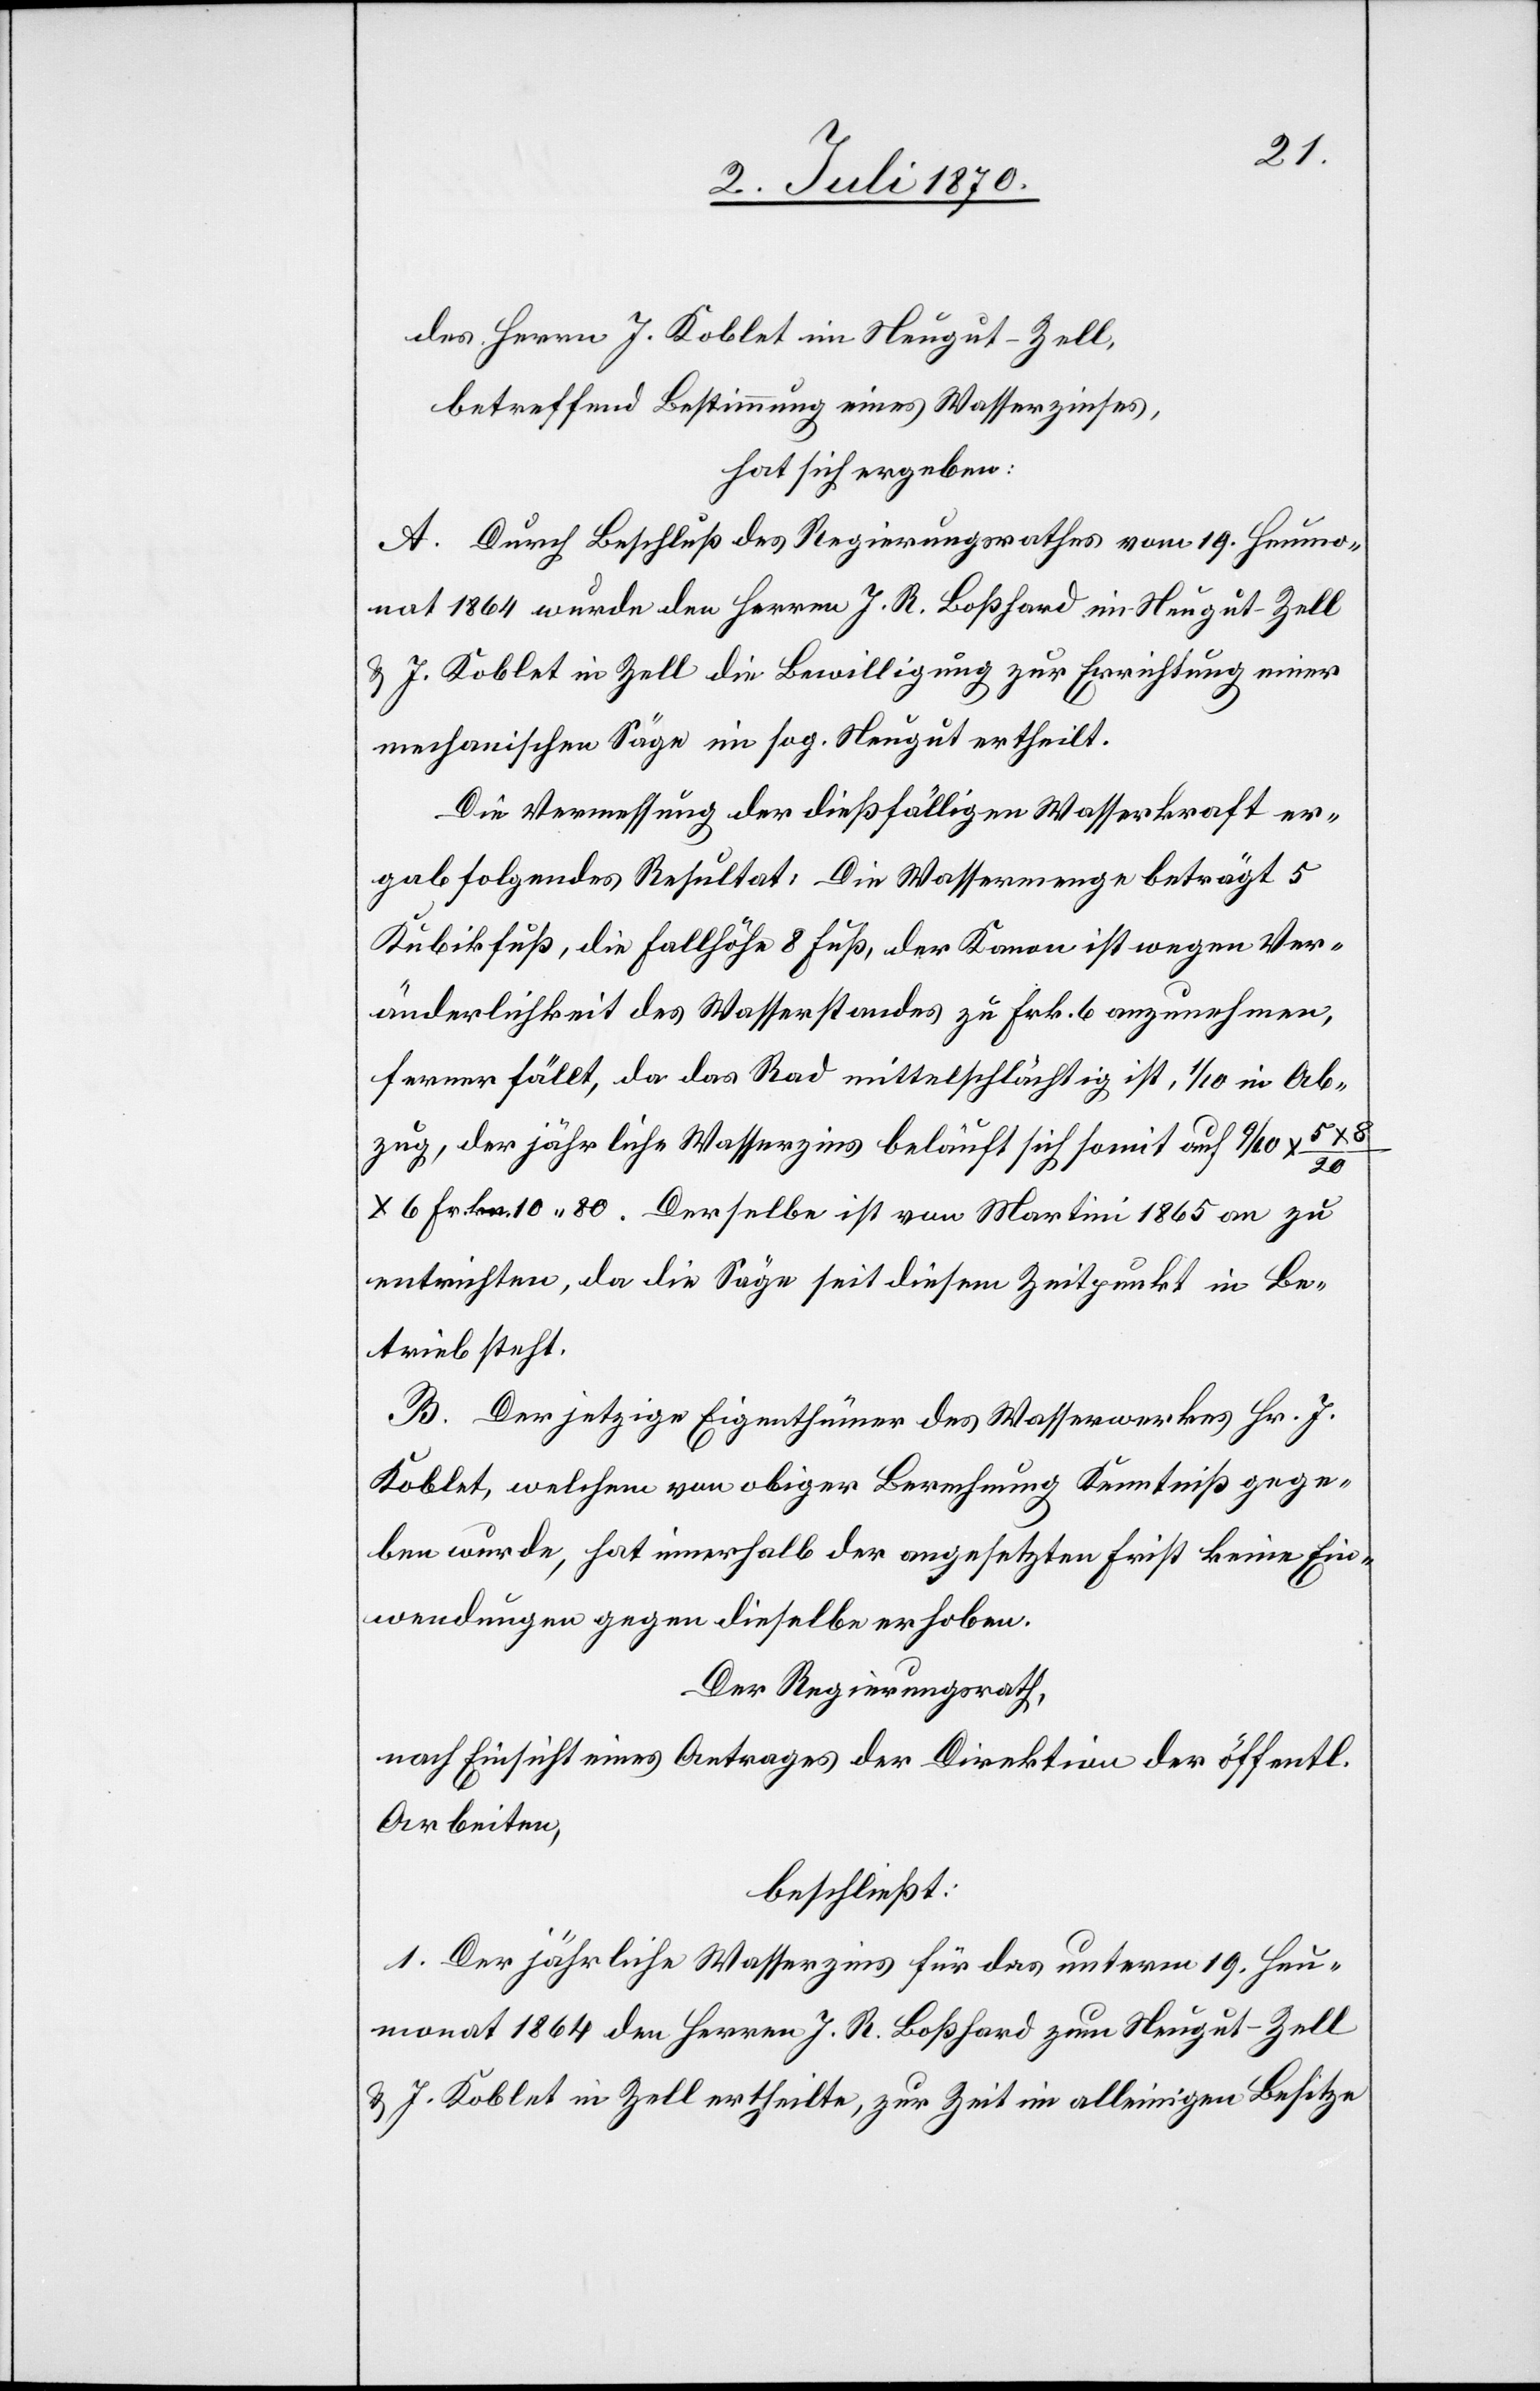
des Herrn J. Koblet im Neugut - Zell,
betreffend Bestimmung eines Wasserzinses,
hat sich ergeben:
A. Durch Beschluß des Regierungsrathes vom 19. Heumo¬
nat 1864 wurde den Herren J. R. Boßhard im Neugut - Zell
& J. Koblet in Zell die Bewilligung zur Errichtung einer
mechanischen Säge im sog. Neugut ertheilt.
Die Vermessung der dießfälligen Wasserkraft er¬
gab folgendes Resultat: Die Wassermenge beträgt 5
Kubikfuß, die Fallhöhe 8 Fuß, der Kanon ist wegen Ver¬
änderlichkeit des Wasserstandes zu Frk. 6 anzunehmen,
ferner fällt, da das Rad mittelschlächtig ist, 1/10 in Ab¬
zug, der jährliche Wasserzins beläuft sich somit auf 9/10 x 5 x 8
20
x 6 Fr = 10.80. Derselbe ist von Martini 1865 an zu
entrichten, da die Säge seit diesem Zeitpunkt in Be¬
trieb steht.
B. Der jetzige Eigenthümer des Wasserwerkes Hr. J.
Koblet, welchem von obiger Berechnung Kenntniß gege¬
ben wurde, hat innerhalb der angesetzten Frist keine Ein¬
wendungen gegen dieselbe erhoben.
Der Regierungsrath,
nach Einsicht eines Antrages der Direktion der öffentl.
Arbeiten,
beschließt:
1. Der jährliche Wasserzins für das unterm 19. Heu¬
monat 1864 den Herren J. R. Boßhard zum Neugut - Zell
& J. Koblet in Zell ertheilte, zur Zeit im alleinigen Besitze